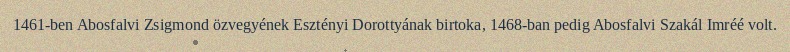
1461-ben Abosfalvi Zsigmond özvegyének Esztényi Dorottyának birtoka, 1468-ban pedig Abosfalvi Szakál Imréé volt.